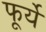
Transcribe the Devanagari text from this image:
फूर्यें